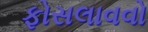
ફોસલાવવો